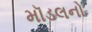
મૉડલનો